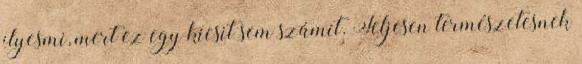
ilyesmi, mert ez egy kicsit sem számít. Teljesen természetesnek